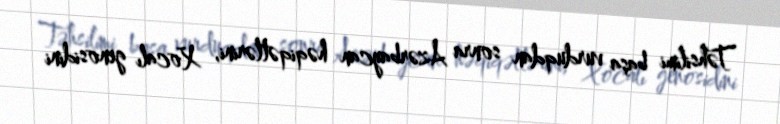
Təhsilimi başa vurduqdan sonra Azərbaycan həqiqətlərini, Xocalı genosidini